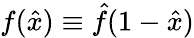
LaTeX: f(\hat{x})\equiv\hat{f}(1-\hat{x})